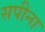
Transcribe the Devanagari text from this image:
सपीना